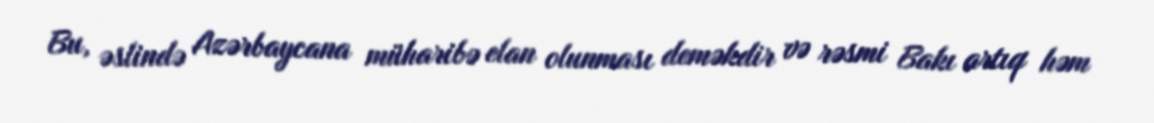
Bu, əslində Azərbaycana müharibə elan olunması deməkdir və rəsmi Bakı artıq həm